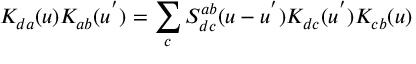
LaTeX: K _ { d a } ( u ) K _ { a b } ( u ^ { ' } ) = \sum _ { c } S _ { d c } ^ { a b } ( u - u ^ { ' } ) K _ { d c } ( u ^ { ' } ) K _ { c b } ( u )